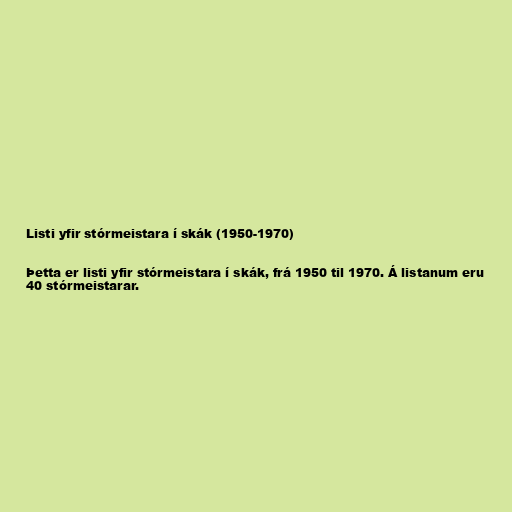
Listi yfir stórmeistara í skák (1950-1970)

Þetta er listi yfir stórmeistara í skák, frá 1950 til 1970. Á listanum eru
40 stórmeistarar.